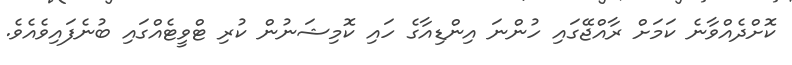
ކޮށްދެއްވާނެ ކަމަށް ރާއްޖޭގައި ހުންނަ އިންޑިއާގެ ހައި ކޮމިޝަނުން ކުރި ޓްވީޓެއްގައި ބުނެފައިވެއެވެ.